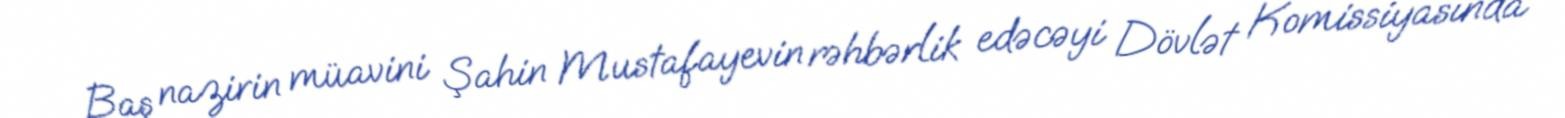
Baş nazirin müavini Şahin Mustafayevin rəhbərlik edəcəyi Dövlət Komissiyasında